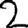
Digit: 2